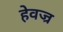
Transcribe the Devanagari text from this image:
हेवज्र